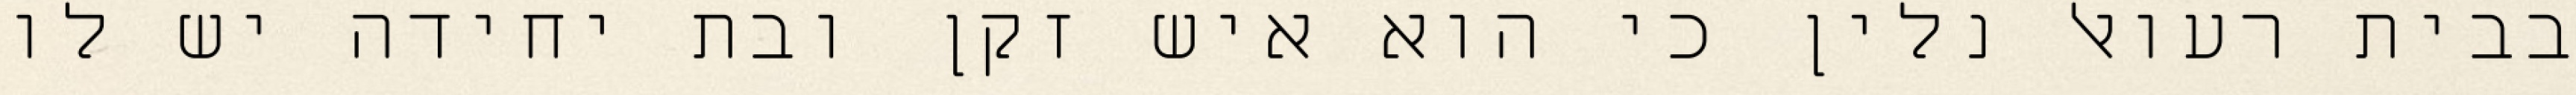
בבית רעואל נלין כי הוא איש זקן ובת יחידה יש לו